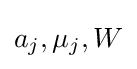
a_{j},\mu _{j},W